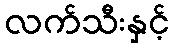
လက်သီးနှင့်